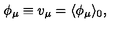
\phi _ { \mu } \equiv v _ { \mu } = \langle \phi _ { \mu } \rangle _ { 0 } ,